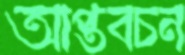
আপ্তবচন